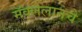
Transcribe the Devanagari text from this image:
मॅक्लेलानचे